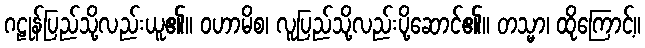
ဂဠုန်ပြည်သို့လည်းယူ၏။ ဝဟာမိစ၊ လူပြည်သို့လည်းပို့ဆောင်၏။ တသ္မာ၊ ထိုကြောင့်။